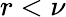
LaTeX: r<\nu